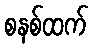
စနစ်ထက်